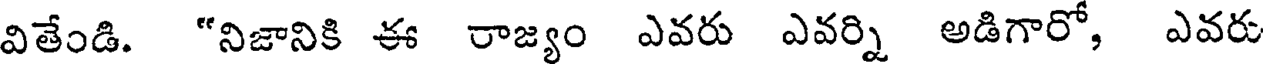
వితేండి. "నిజానికి ఈ రాజ్యం ఎవరు ఎవర్ని అడిగారో, ఎవరు